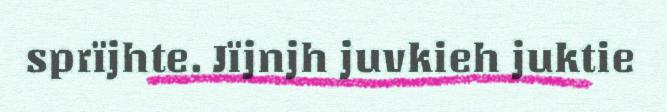
sprïjhte. Jïjnjh juvkieh juktie